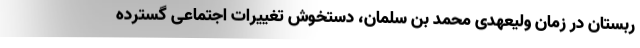
ربستان در زمان ولیعهدی محمد بن سلمان، دستخوش تغییرات اجتماعی گسترده